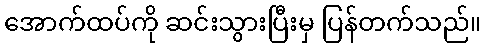
အောက်ထပ်ကို ဆင်းသွားပြီးမှ ပြန်တက်သည်။